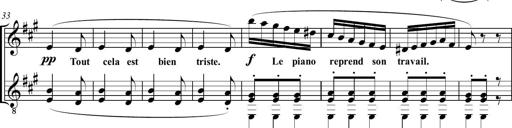
Title: Sonatine bureaucratique
Composer: Erik Satie